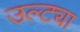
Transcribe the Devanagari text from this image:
उल्ट्या